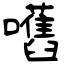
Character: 嚿